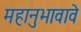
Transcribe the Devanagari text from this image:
महानुभावावे